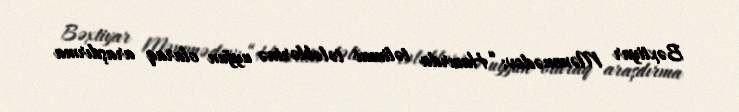
Bəxtiyar Məmmədov: “Hazırda təlimat tələblərinə uyğun olaraq araşdırma